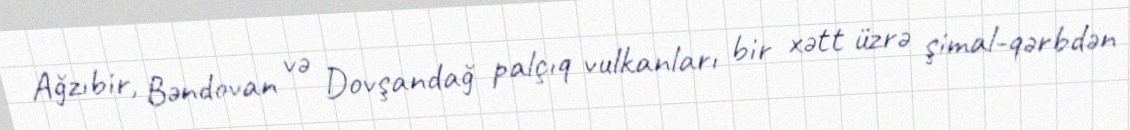
Ağzıbir, Bəndovan və Dovşandağ palçıq vulkanları bir xətt üzrə şimal-qərbdən